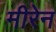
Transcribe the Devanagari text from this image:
मीरेन